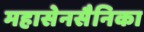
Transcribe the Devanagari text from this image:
महासेनसैनिका